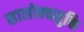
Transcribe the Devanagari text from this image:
सालोक्यमुक्ति